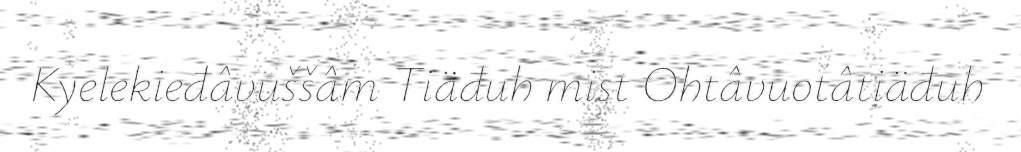
Kyelekieđâvuššâm Tiäđuh mist Ohtâvuotâtiäđuh